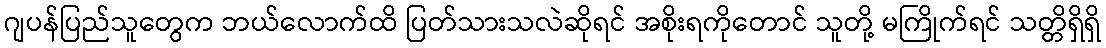
ဂျပန်ပြည်သူတွေက ဘယ်လောက်ထိ ပြတ်သားသလဲဆိုရင် အစိုးရကိုတောင် သူတို့ မကြိုက်ရင် သတ္တိရှိရှိ